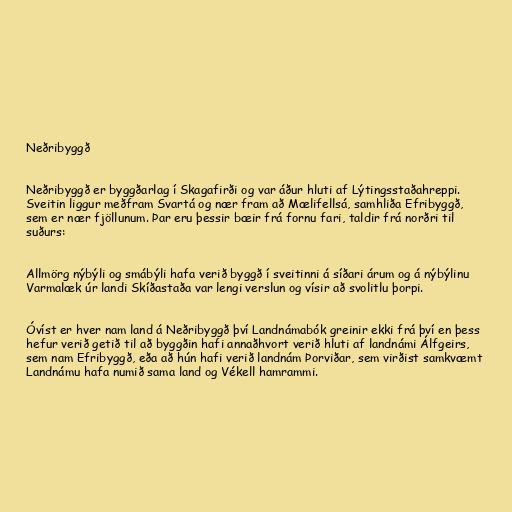
Neðribyggð

Neðribyggð er byggðarlag í Skagafirði og var áður hluti af Lýtingsstaðahreppi.
Sveitin liggur meðfram Svartá og nær fram að Mælifellsá, samhliða Efribyggð,
sem er nær fjöllunum. Þar eru þessir bæir frá fornu fari, taldir frá norðri til
suðurs:

Allmörg nýbýli og smábýli hafa verið byggð í sveitinni á síðari árum og á nýbýlinu
Varmalæk úr landi Skíðastaða var lengi verslun og vísir að svolitlu þorpi.

Óvíst er hver nam land á Neðribyggð því Landnámabók greinir ekki frá því en þess
hefur verið getið til að byggðin hafi annaðhvort verið hluti af landnámi Álfgeirs,
sem nam Efribyggð, eða að hún hafi verið landnám Þorviðar, sem virðist samkvæmt
Landnámu hafa numið sama land og Vékell hamrammi.